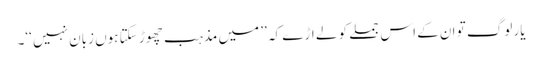
یار لوگ تو ان کے اس جملے کو لے اڑے کہ ’’ میں مذہب چھوڑ سکتا ہوں زبان نہیں ‘‘۔